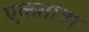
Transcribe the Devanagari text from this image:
एकतात्रा